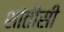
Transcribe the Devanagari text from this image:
शांतीसी